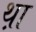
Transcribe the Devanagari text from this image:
थ़ा